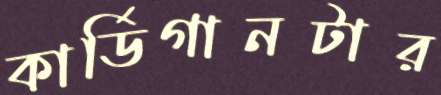
কার্ডিগানটার